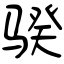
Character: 骙